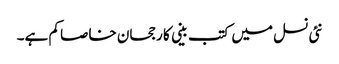
نئی نسل میں کتب بینی کا رجحان خاصا کم ہے۔